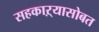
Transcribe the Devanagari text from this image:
सहकाऱ्यासोबत